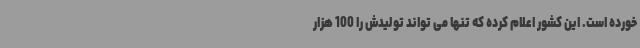
خورده است. این کشور اعلام کرده که تنها می تواند تولیدش را 100 هزار